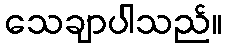
သေချာပါသည်။